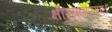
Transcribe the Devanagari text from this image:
क्षीरसागरगए।